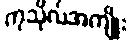
ကုသိုလ်အကျိုး